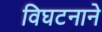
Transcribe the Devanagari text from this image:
विघटनाने